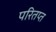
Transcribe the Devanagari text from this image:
परितप्त